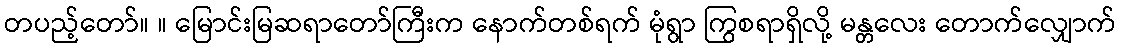
တပည့်တော်။ ။ မြောင်းမြဆရာတော်ကြီးက နောက်တစ်ရက် မုံရွာ ကြွစရာရှိလို့ မန္တလေး တောက်လျှောက်